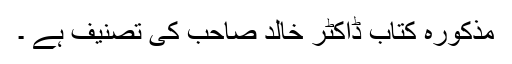
مذکورہ کتاب ڈاکٹر خالد صاحب کی تصنیف ہے ۔